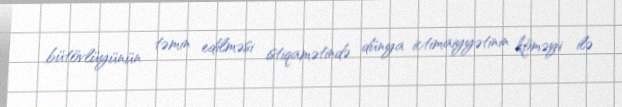
bütövlüyünün təmin edilməsi istiqamətində dünya ictimaiyyətinin köməyi ilə